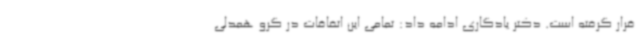
قرار گرفته است. دکتر یادگاری ادامه داد: تمامی این اتفاقات در گرو همدلی